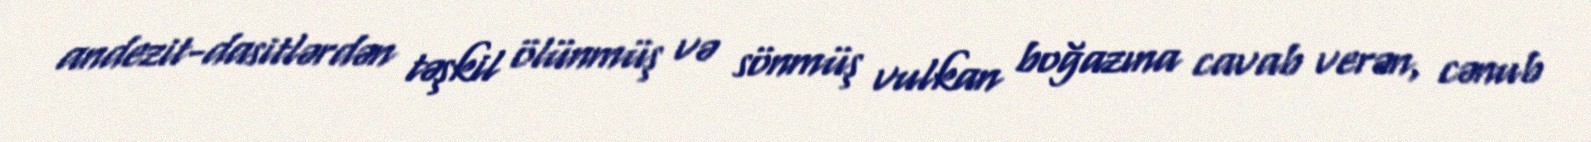
andezit-dasitlərdən təşkil ölünmüş və sönmüş vulkan boğazına cavab verən, cənub